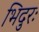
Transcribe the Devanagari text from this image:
भिदुरः